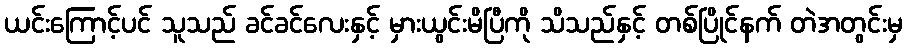
ယင်းကြောင့်ပင် သူသည် ခင်ခင်လေးနှင့် မှားယွင်းမိပြီကို သိသည်နှင့် တစ်ပြိုင်နက် တဲအတွင်းမှ